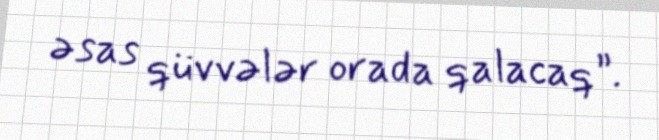
əsas qüvvələr orada qalacaq”.